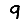
Digit: 9